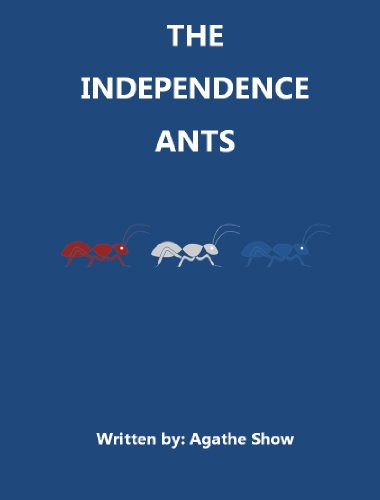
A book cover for The Independence Ants (A children's story with amusing bouncy rhymes); Agathe Show; Children's Books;